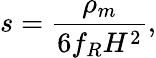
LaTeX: s=\frac{\rho_{m}}{6f_{R}H^{2}},